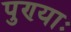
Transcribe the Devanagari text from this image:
पुण्याः